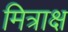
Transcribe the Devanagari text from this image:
मित्राक्ष